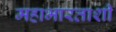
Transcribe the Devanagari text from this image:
महाभारताशी